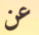
عن